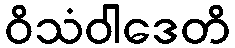
ဝိသံဝါဒေတိ